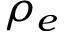
\rho _ { e }